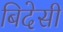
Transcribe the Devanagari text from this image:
बिदेसी